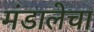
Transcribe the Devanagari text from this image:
मंडालेचा